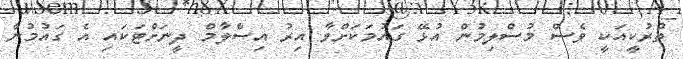
ތުރުކީއަކީ ވެސް މުސްލިމުން އުޅޭ ގައުމަކަށްވާ އިރު އިސްލާމް ދީނަށްޓަކައި އެ ގައުމުން